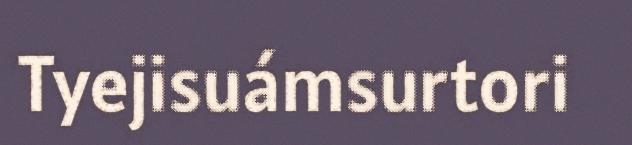
Tyejisuámsurtori